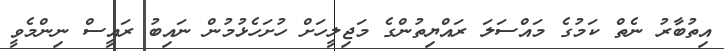
އިތުބާރު ނެތް ކަމުގެ މައްސަލަ ރައްޔިތުންގެ މަޖިލީހަށް ހުށަހެޅުމުން ނައިބު ރައީސް ނިންމެވީ